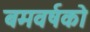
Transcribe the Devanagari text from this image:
बमवर्षको